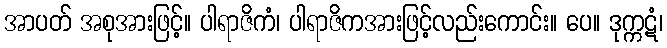
အာပတ် အစုအားဖြင့်။ ပါရာဇိကံ၊ ပါရာဇိကအားဖြင့်လည်းကောင်း။ ပေ။ ဒုက္ကဋံ၊